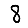
Digit: 8